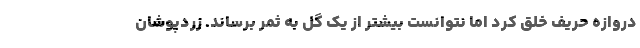
دروازه حریف خلق کرد اما نتوانست بیشتر از یک گل به ثمر برساند. زردپوشان